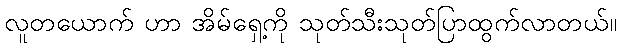
လူတယောက် ဟာ အိမ်ရှေ့ကို သုတ်သီးသုတ်ပြာထွက်လာတယ်။